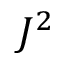
J ^ { 2 }